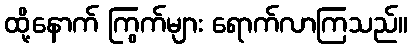
ထို့နောက် ကြွက်များ ရောက်လာကြသည်။